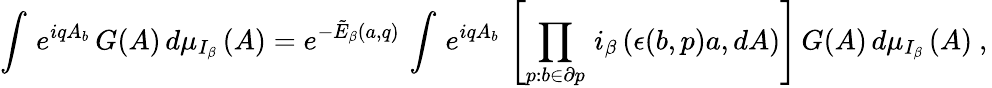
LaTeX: \left.\int\, e^{iqA_{b}}\, G(A)\, d\mu_{I_{\beta}}\, (A)=e^{-\tilde{E}_{\beta}(a,q)}\, \int\, e^{iqA_{b}}\, \left[\prod_{p:b\in\partial p}\, i_{\beta}\, (\epsilon(b,p)a,dA)\right]\, G(A)\, d\mu_{I_{\beta}}\, (A)\ ,\right.